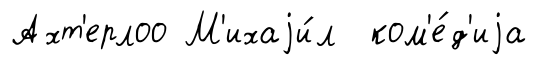
Ахт'ерлоо М'ихаjи́л ком'е́д'иjа